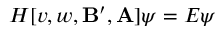
H [ v , w , \mathbf { B } ^ { \prime } , \mathbf { A } ] \psi = E \psi